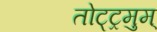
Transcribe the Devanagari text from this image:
तोट्ट्रमुम्